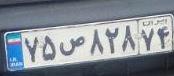
۷۵ص۸۲۸۷۴